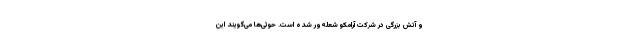
و آتش بزرگی در شرکت آرامکو شعله‌ور شده است. حوثی‌ها می‌گویند این